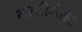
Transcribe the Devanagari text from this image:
भरतीनंतर